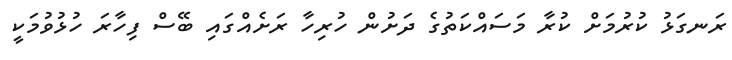
ރަނގަޅު ކުރުމަށް ކުރާ މަސައްކަތުގެ ދަށުން ހުރިހާ ރަށެއްގައި ބޭސް ފިހާރަ ހުޅުވުމަކީ